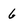
Character: 6